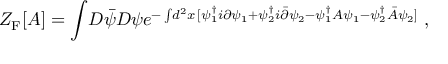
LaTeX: Z _ { \mathrm { F } } [ A ] = \int \! D { \bar { \psi } } D \psi e ^ { - \int \! d ^ { 2 } x \, [ \psi _ { 1 } ^ { \dagger } i \partial \psi _ { 1 } + \psi _ { 2 } ^ { \dagger } i { \bar { \partial } } \psi _ { 2 } - \psi _ { 1 } ^ { \dagger } A \psi _ { 1 } - \psi _ { 2 } ^ { \dagger } { \bar { A } } \psi _ { 2 } ] } \; ,